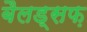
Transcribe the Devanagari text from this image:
बैलड्सफ़